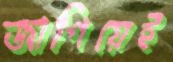
জাগিয়েই